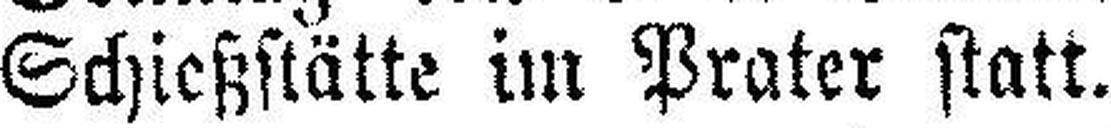
Schießstätte im Prater statt.